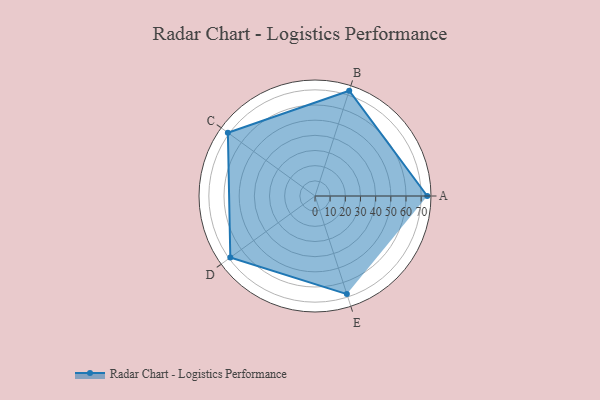
{"axis": {"x": "Skill", "y": "Score"}, "legend": ["Profile"], "data": [{"x": "A", "y": 74.0, "type": "Profile"}, {"x": "B", "y": 73.0, "type": "Profile"}, {"x": "C", "y": 71.0, "type": "Profile"}, {"x": "D", "y": 69.0, "type": "Profile"}, {"x": "E", "y": 68.0, "type": "Profile"}]}